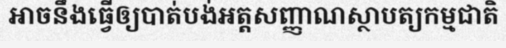
អាចនឹងធ្វើឲ្យបាត់បង់អត្តសញ្ញាណស្ថាបត្យកម្មជាតិ